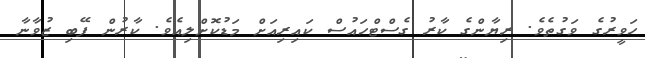
ހަވީރުގެ ވަގުތެވެ. ރިޔާންގެ ކާރު ގެސްޓްހައުސް ކައިރިއަށް މަޑުކޮށްލިއެވެ. ކާރުން ފޭބި ޒުވާނާ